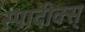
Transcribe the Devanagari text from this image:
स्पादीक्स्